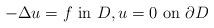
LaTeX: \begin{align*}-\Delta u=f\ \mbox{in $D$},u=0\ \mbox{on $\partial D$}\end{align*}